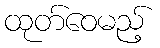
ထုတ်ဝေမည့်